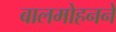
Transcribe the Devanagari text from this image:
बालमोहनने